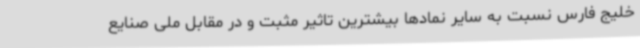
خلیج فارس نسبت به سایر نمادها بیشترین تاثیر مثبت و در مقابل ملی صنایع